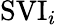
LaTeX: \mathrm{SVI}_{i}